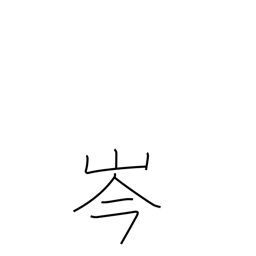
Meaning: mountaintop